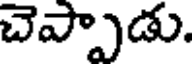
చెప్పాడు.